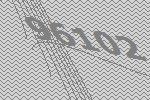
96102